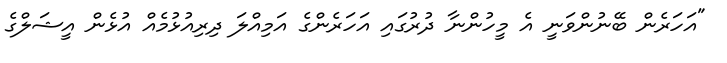
"އަހަރެން ބޭނުންވަނީ އެ މީހުންނާ ދުރުގައި އަހަރެންގެ އަމިއްލަ ދިރިއުޅުމެއް އުޅެން އީޝަލްގެ